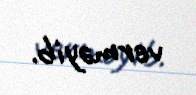
verməyib.